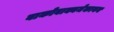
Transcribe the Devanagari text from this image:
वाकोवाक्यमेकायन